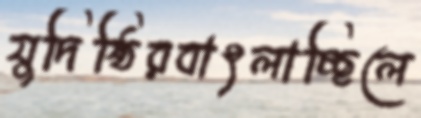
যুদিষ্ঠিরবাৎলাচ্ছিলে